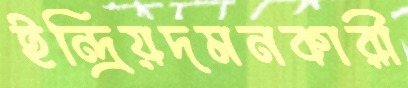
ইন্দ্রিয়দমনকারী